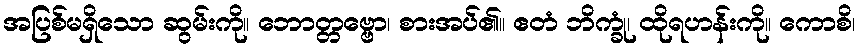
အပြစ်မရှိသော ဆွမ်းကို။ ဘောတ္တဗ္ဗော၊ စားအပ်၏။ ဧတံ ဘိက္ခုံ၊ ထိုရဟန်းကို။ ကောစိ၊